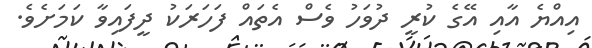
އިއްޔެ އާއި އޭގެ ކުރީ ދުވަހު ވެސް އެތައް ފަހަރަކު ދީފައިވާ ކަމަށެވެ.